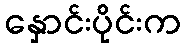
နှောင်းပိုင်းက